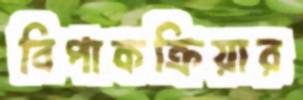
বিপাকক্রিয়ার